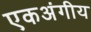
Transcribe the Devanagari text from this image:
एकअंगीय